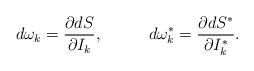
LaTeX: \begin{align*}d\omega_{k}=\frac{\partial dS}{\partial I_{k}},\;\;\;\;\;\;\;\;\;\;d\omega_{k}^{*}=\frac{\partial dS^{*}}{\partial I_{k}^{*}}.\end{align*}